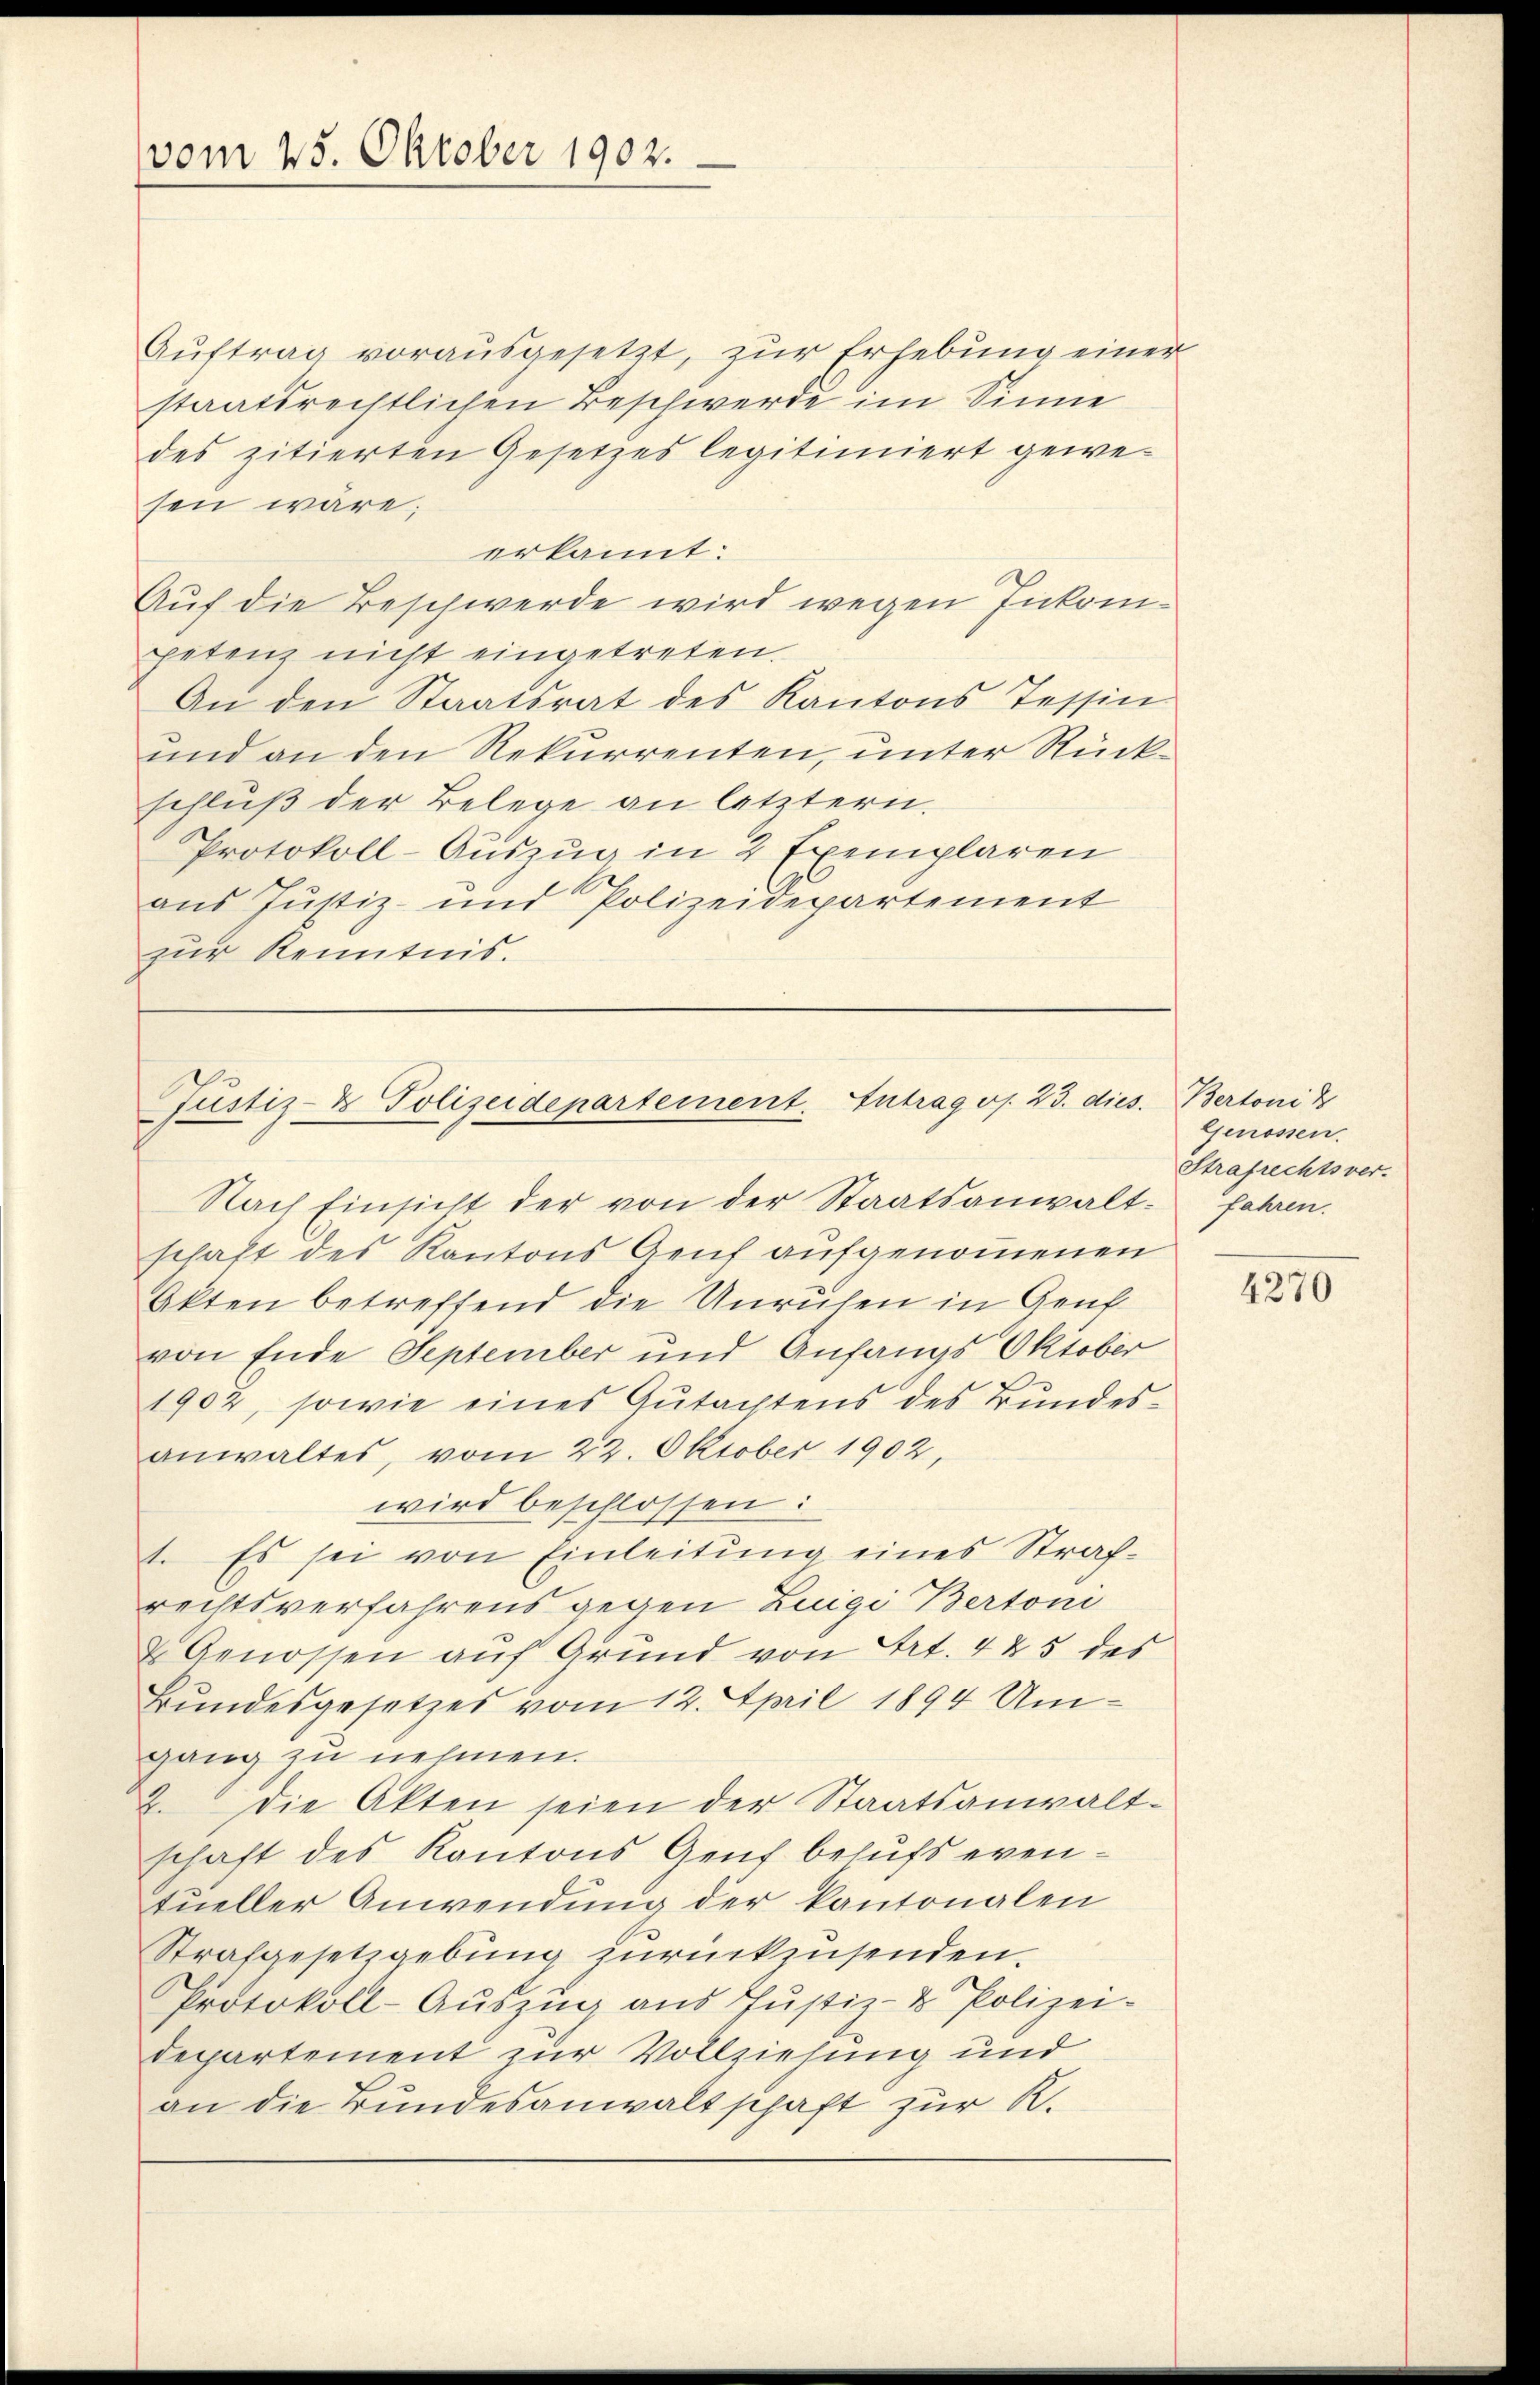
vom 25. Oktober 1902.

Auftrag vorausgesetzt, zur Erhebung einer
staatsrechtlichen Beschwerde im Sinne
des zitierten Gesetzes legitimiert gewesen wäre;
erkannt:
Auf die Beschwerde wird wegen Inkompetenz nicht eingetreten.
An den Staatsrat des Kantons Tessin
und an den Rekurrenten, unter Rückschluß der Belege an letztern.
Protokoll-Auszug in 2 Exemplaren
aus Justiz- und Polizeidepartement
zur Kenntnis.

Justiz- & Polizeidepartement. Eintrag/Antrag oj. 23. dies
Nach Einsicht der von der Staatsanwalt-fahren.

schaft des Kantons Genf aufgenommenen
Akten betreffend die Unruhen in Gent
von Ende September und Anfangs Oktober
1902, sowie eines Gutachtens des Bundesanwaltes, vom 22. Oktober 1902,
wird beschlossen:
1. Es sei von Einleitung eines Strafrechtsverfahrens gegen Zuigi Bertoni
& Genossen auf Grund von Art. 423 des
Bundesgesetzes vom 12. April 1894 Umgang zu nehmen.
2. Die Akten seien der Staatsanwaltschaft des Kantons Genf behufs eventueller Anwendung der kantonalen
Strafgesetzgebung zurückzusenden.
Protokoll-Auszug aus Justiz- & Polizei-
departement zur Vollziehung und
an die Bundesanwaltschaft zur K.

Bertoni d
Genossen.
Strafrechtsver-

4270